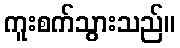
ကူးစက်သွားသည်။